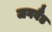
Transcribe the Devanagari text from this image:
जगबैंड